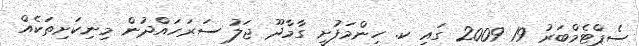
ސެޕްޓެމްބަރު 19 2009 ގައި ކ. ހިންމަފުށީ ގާމާދޫ ޖަލު ސަރަހައްދުން މިނިކަށިތަކެއް